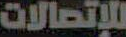
للإتصالات